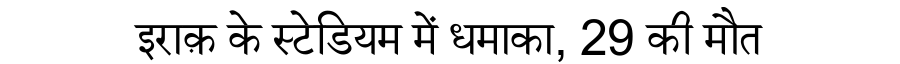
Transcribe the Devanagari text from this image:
इराक़ के स्टेडियम में धमाका, 29 की मौत